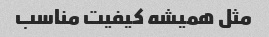
مثل همیشه کیفیت مناسب